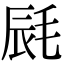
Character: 𣭽